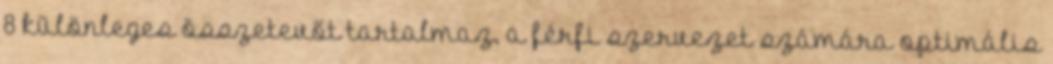
8 különleges összetevőt tartalmaz, a férfi szervezet számára optimális